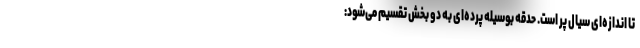
تا اندازه‌ای سیال پر است. حدقه بوسیله پرده‌ای به دو بخش تقسیم می‌شود: